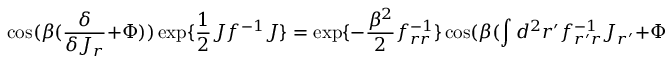
\cos ( \beta ( { \frac { \delta } { \delta J _ { r } } } + \Phi ) ) \exp \{ { \frac { 1 } { 2 } } J f ^ { - 1 } J \} = \exp \{ - { \frac { \beta ^ { 2 } } { 2 } } f _ { r r } ^ { - 1 } \} \cos ( \beta ( \int d ^ { 2 } r ^ { \prime } f _ { r ^ { \prime } r } ^ { - 1 } J _ { r ^ { \prime } } + \Phi ) ) \exp \{ { \frac { 1 } { 2 } } J f ^ { - 1 } J \}